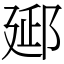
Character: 郔